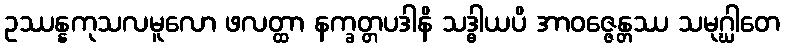
ဥဿန္နကုသလမူလော ဖလတ္ထာ နက္ခတ္တပဒါနိ သဒ္ဓါယပိ အာဝဇ္ဇေန္တဿ သမုဂ္ဃါတေ